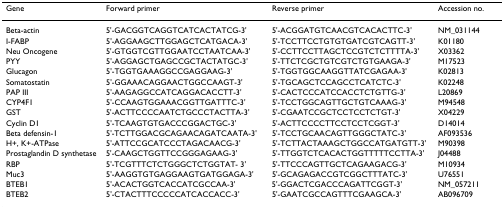
| Gene | Forward primer | Reverse primer | Accession no. |
 | --- | --- | --- | --- |
 | Beta-actin | 5'-GACGGTCAGGTCATCACTATCG-3' | 5'-ACGGATGTCAACGTCACACTTC-3' | NM_031144 |
 | I-FABP | 5'-AGGAAGCTTGGAGCTCATGACA-3' | 5'-TCCTTCCTGTGTGATCGTCAGTT-3' | K01180 |
 | Neu Oncogene | 5'-GTGGTCGTTGGAATCCTAATCAA-3' | 5'-CCTTCCTTAGCTCCGTCTCTTTTA-3' | X03362 |
 | PYY | 5'-AGGAGCTGAGCCGCTACTATGC-3' | 5'-TTCTCGCTGTCGTCTGTGAAGA-3' | M17523 |
 | Glucagon | 5'-TGGTGAAAGGCCGAGGAAG-3' | 5'-TGGTGGCAAGGTTATCGAGAA-3' | K02813 |
 | Somatostatin | 5'-GGAAACAGGAACTGGCCAAGT-3' | 5'-TGCAGCTCCAGCCTCATCTC-3' | K02248 |
 | PAP III | 5'-AAGAGGCCATCAGGACACCTT-3' | 5'-CACTCCCATCCACCTCTGTTG-3' | L20869 |
 | CYP4F1 | 5'-CCAAGTGGAAACGGTTGATTTC-3' | 5'-TCCTGGCAGTTGCTGTCAAAG-3' | M94548 |
 | GST | 5'-ACTTCCCCAATCTGCCCTACTTA-3' | 5'-CGAATCCGCTCCTCCTCTGT-3' | X04229 |
 | Cyclin D1 | 5'-TCAAGTGTGACCCGGACTGC-3' | 5'-ACTTCCCCTTCCTCCTCGGT-3' | D14014 |
 | Beta defensin-1 | 5'-TCTTGGACGCAGAACAGATCAATA-3' | 5'-TCCTGCAACAGTTGGGCTATC-3' | AF093536 |
 | H+, K+-ATPase | 5'-ATTCCGCATCCCTAGACAACG-3' | 5'-TCTTACTAAAGCTGGCCATGATGTT-3' | M90398 |
 | Prostaglandin D synthetase | 5'-CAAGCTGGTTCCGGGAGAAG-3' | 5'-TTGGTCTCACACTGGTTTTTCCTTA-3' | J04488 |
 | RBP | 5'-TCGTTTCTCTGGGCTCTGGTAT- 3' | 5'-TTCCCAGTTGCTCAGAAGACG-3' | M10934 |
 | Muc3 | 5'-AAGGTGTGAGGAAGTGATGGAGA-3' | 5'-GCAGAGACCGTCGGCTTTATC-3' | U76551 |
 | BTEB1 | 5'-ACACTGGTCACCATCGCCAA-3' | 5'-GGACTCGACCCAGATTCGGT-3' | NM_057211 |
 | BTEB2 | 5'-CTACTTTCCCCCATCACCACC-3' | 5'-GAATCGCCAGTTTCGAAGCA-3' | AB096709 |